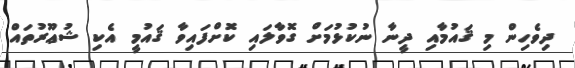
ދިވެހިން މި ޤައުމާއި ދީނާ ނުކުޅުމަށް ގޮވާލައި ކޮށްފައިވާ ޤައުމީ އެކި ޝުޢޫރުތައް